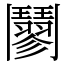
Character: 䰘